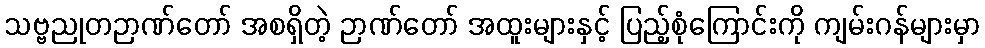
သဗ္ဗညုတဉာဏ်တော် အစရှိတဲ့ ဉာဏ်တော် အထူးများနှင့် ပြည့်စုံကြောင်းကို ကျမ်းဂန်များမှာ